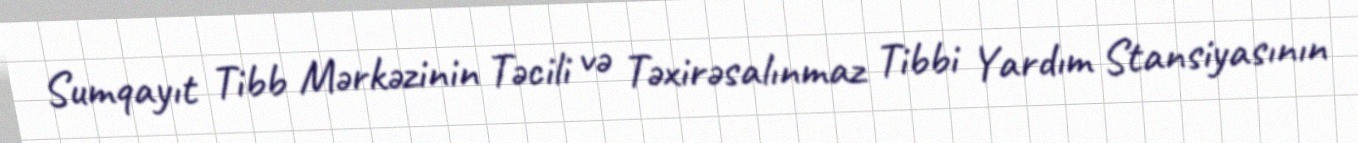
Sumqayıt Tibb Mərkəzinin Təcili və Təxirəsalınmaz Tibbi Yardım Stansiyasının